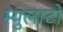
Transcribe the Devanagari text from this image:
म्युलाटो